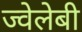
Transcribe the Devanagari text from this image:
ज्वेलेबी